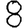
Digit: 8